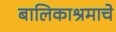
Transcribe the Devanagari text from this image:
बालिकाश्रमाचे